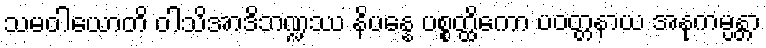
သမဝါယောတိ ဝါသိအာဒိဘဏ္ဍဿ နိပန္နေ ပစ္စတ္ထိကော ပဝတ္တနာယ အနုကမ္ပန္တာ